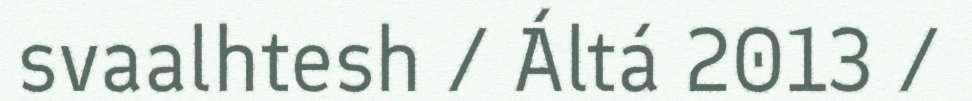
svaalhtesh / Áltá 2013 /